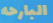
البارحه